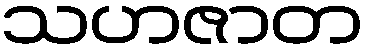
သဟဇာတ